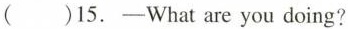
( )15.—What are you doing?